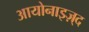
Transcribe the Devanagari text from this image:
आयोनाइज़्द